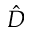
\hat { D }